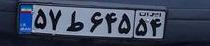
۵۷ط۶۴۵۵۴